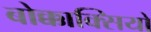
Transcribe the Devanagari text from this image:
बोक्काक्सियो